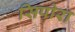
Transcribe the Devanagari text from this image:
सिपोरा